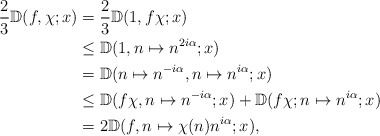
\begin{align*}\frac{2}{3} \mathbb{D} (f,\chi; x) &= \frac{2}{3} \mathbb{D} (1,f\chi; x) \\& \leq \mathbb{D}(1, n \mapsto n^{2i\alpha}; x) \\&= \mathbb{D}(n \mapsto n^{-i\alpha}, n \mapsto n^{i\alpha}; x) \\ & \leq \mathbb{D}(f\chi, n \mapsto n^{-i\alpha}; x)+ \mathbb{D}(f\chi; n \mapsto n^{i\alpha}; x) \\&= 2 \mathbb{D}(f, n \mapsto \chi(n) n^{i\alpha}; x),\end{align*}